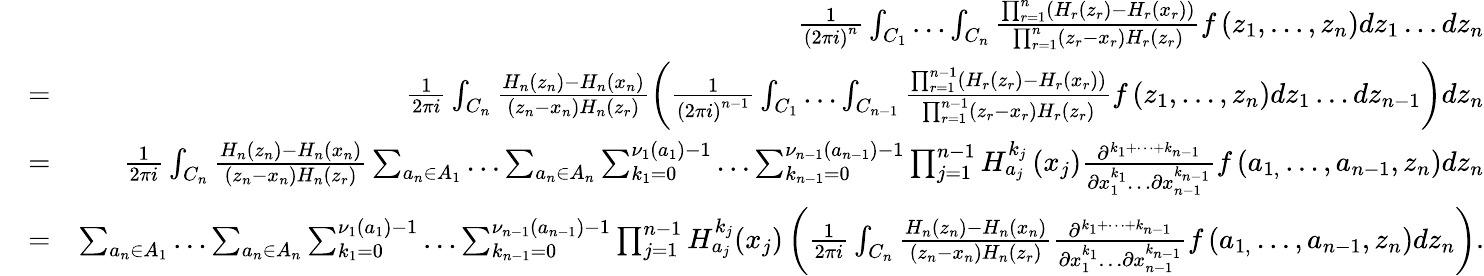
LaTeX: \begin{array}{rlr}&{}&{\frac{1}{\left(2\pi i\right)^{n}}\int_{C_{1}}\dots\int_{C_{n}}\frac{\prod_{r=1}^{n}\left(H_{r}\left(z_{r}\right)-H_{r}\left(x_{r}\right)\right)}{\prod_{r=1}^{n}\left(z_{r}-x_{r}\right)H_{r}\left(z_{r}\right)}f\left(z_{1},\dots,z_{n}\right)dz_{1}\dots dz_{n}}\\ &{=}&{\frac{1}{2\pi i}\int_{C_{n}}\frac{H_{n}\left(z_{n}\right)-H_{n}\left(x_{n}\right)}{\left(z_{n}-x_{n}\right)H_{n}\left(z_{r}\right)}\left(\frac{1}{\left(2\pi i\right)^{n-1}}\int_{C_{1}}\dots\int_{C_{n-1}}\frac{\prod_{r=1}^{n-1}\left(H_{r}\left(z_{r}\right)-H_{r}\left(x_{r}\right)\right)}{\prod_{r=1}^{n-1}\left(z_{r}-x_{r}\right)H_{r}\left(z_{r}\right)}f\left(z_{1},\dots,z_{n}\right)dz_{1}\dots dz_{n-1}\right)dz_{n}}\\ &{=}&{\frac{1}{2\pi i}\int_{C_{n}}\frac{H_{n}\left(z_{n}\right)-H_{n}\left(x_{n}\right)}{\left(z_{n}-x_{n}\right)H_{n}\left(z_{r}\right)}\sum_{a_{n}\in A_{1}}\dots\sum_{a_{n}\in A_{n}}\sum_{k_{1}=0}^{\nu_{1}\left(a_{1}\right)-1}\dots\sum_{k_{n-1}=0}^{\nu_{n-1}\left(a_{n-1}\right)-1}\prod_{j=1}^{n-1}H_{a_{j}}^{k_{j}}\left(x_{j}\right)\frac{\partial^{{k}_{1}+\dots+k_{n-1}}}{\partial x_{1}^{k_{1}}\dots\partial x_{n-1}^{k_{n-1}}}f\left(a_{1,}\dots,a_{n-1},z_{n}\right)dz_{n}}\\ &{=}&{\sum_{a_{n}\in A_{1}}\dots\sum_{a_{n}\in A_{n}}\sum_{k_{1}=0}^{\nu_{1}\left(a_{1}\right)-1}\dots\sum_{k_{n-1}=0}^{\nu_{n-1}\left(a_{n-1}\right)-1}\prod_{j=1}^{n-1}H_{a_{j}}^{k_{j}}(x_{j})\left(\frac{1}{2\pi i}\int_{C_{n}}\frac{H_{n}\left(z_{n}\right)-H_{n}\left(x_{n}\right)}{\left(z_{n}-x_{n}\right)H_{n}\left(z_{r}\right)}\frac{\partial^{{k}_{1}+\dots+k_{n-1}}}{\partial x_{1}^{k_{1}}\dots\partial x_{n-1}^{k_{n-1}}}f\left(a_{1,}\dots,a_{n-1},z_{n}\right)dz_{n}\right).}\end{array}